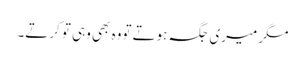
مگر میری جگہ ہوتے تووہ بھی وہی تو کرتے۔